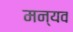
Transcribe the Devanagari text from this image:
मन्यव